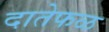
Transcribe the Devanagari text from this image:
दातेफळ